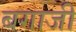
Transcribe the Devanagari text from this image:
बगाजी